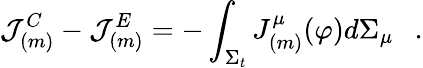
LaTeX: {\cal J}_{(m)}^{C}-{\cal J}_{(m)}^{E}=-\int_{\Sigma_{t}}J_{(m)}^{\mu}(\varphi)d\Sigma_{\mu}~~~.